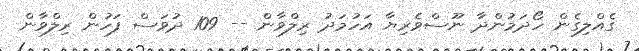
ގެއްލިގެން ހޯދަމުންދާ ނޫސްވެރިޔާ އަހުމަދު ރިލްވާން -- 109 ދުވަސް ފަހުން ރިލްވާން